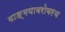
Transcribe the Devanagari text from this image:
वाङ्‌मयाबरोबरच